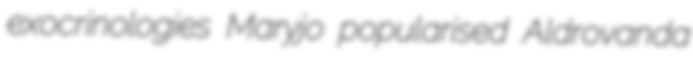
exocrinologies Maryjo popularised Aldrovanda